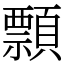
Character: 顠